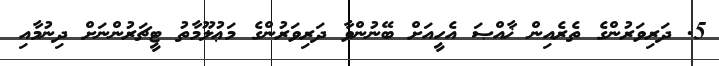
5. ދަރިވަރުންގެ ތެރެއިން ޚާއްޞަ އެހީއަށް ބޭނުންވާ ދަރިވަރުންގެ މަޢުލޫމާތު ޓީޗަރުންނަށް ދިނުމާއި